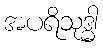
အပရိသုဒ္ဓါ